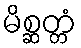
မိစ္ဆတ္တံ